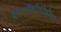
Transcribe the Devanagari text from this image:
फारमॅकॉलॉजीच्या